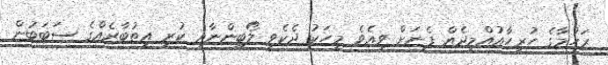
ރަހުމާގެ ހުރިހާއުއްމީދެއް ފެނަށް ވިއެވެ މީހަކު ދެކެވީ ލޯބިންނާއި ކުރި އިތުބާރެއްގެ ސަބަބުން